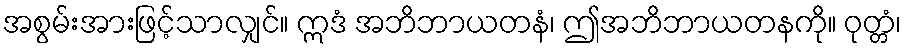
အစွမ်းအားဖြင့်သာလျှင်။ ဣဒံ အဘိဘာယတနံ၊ ဤအဘိဘာယတနကို။ ဝုတ္တံ၊